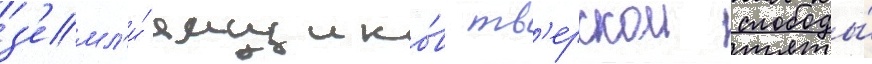
з'емл'и́ ямщико́в тв'ерскои слободы́